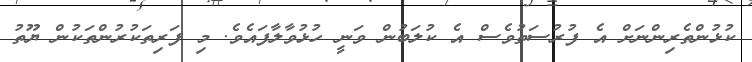
ކުޅުންތެރިންނަށް އެ ފުރުސަތުވެސް އެ ކުލަބުން ވަނީ ހުޅުވާލާފައެވެ. މި ފަރިތަކުރުންތަކުން ޔޫތު